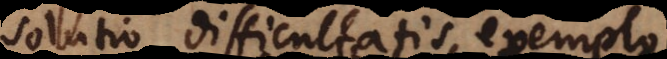
solutio difficultatis exemplo